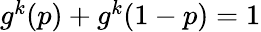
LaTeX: \begin{array}{r}{g^{k}(p)+g^{k}(1-p)=1}\end{array}